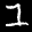
Label: 1